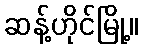
ဆန့်ဟိုင်မြို့။